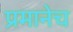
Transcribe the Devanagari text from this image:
प्रमानेच